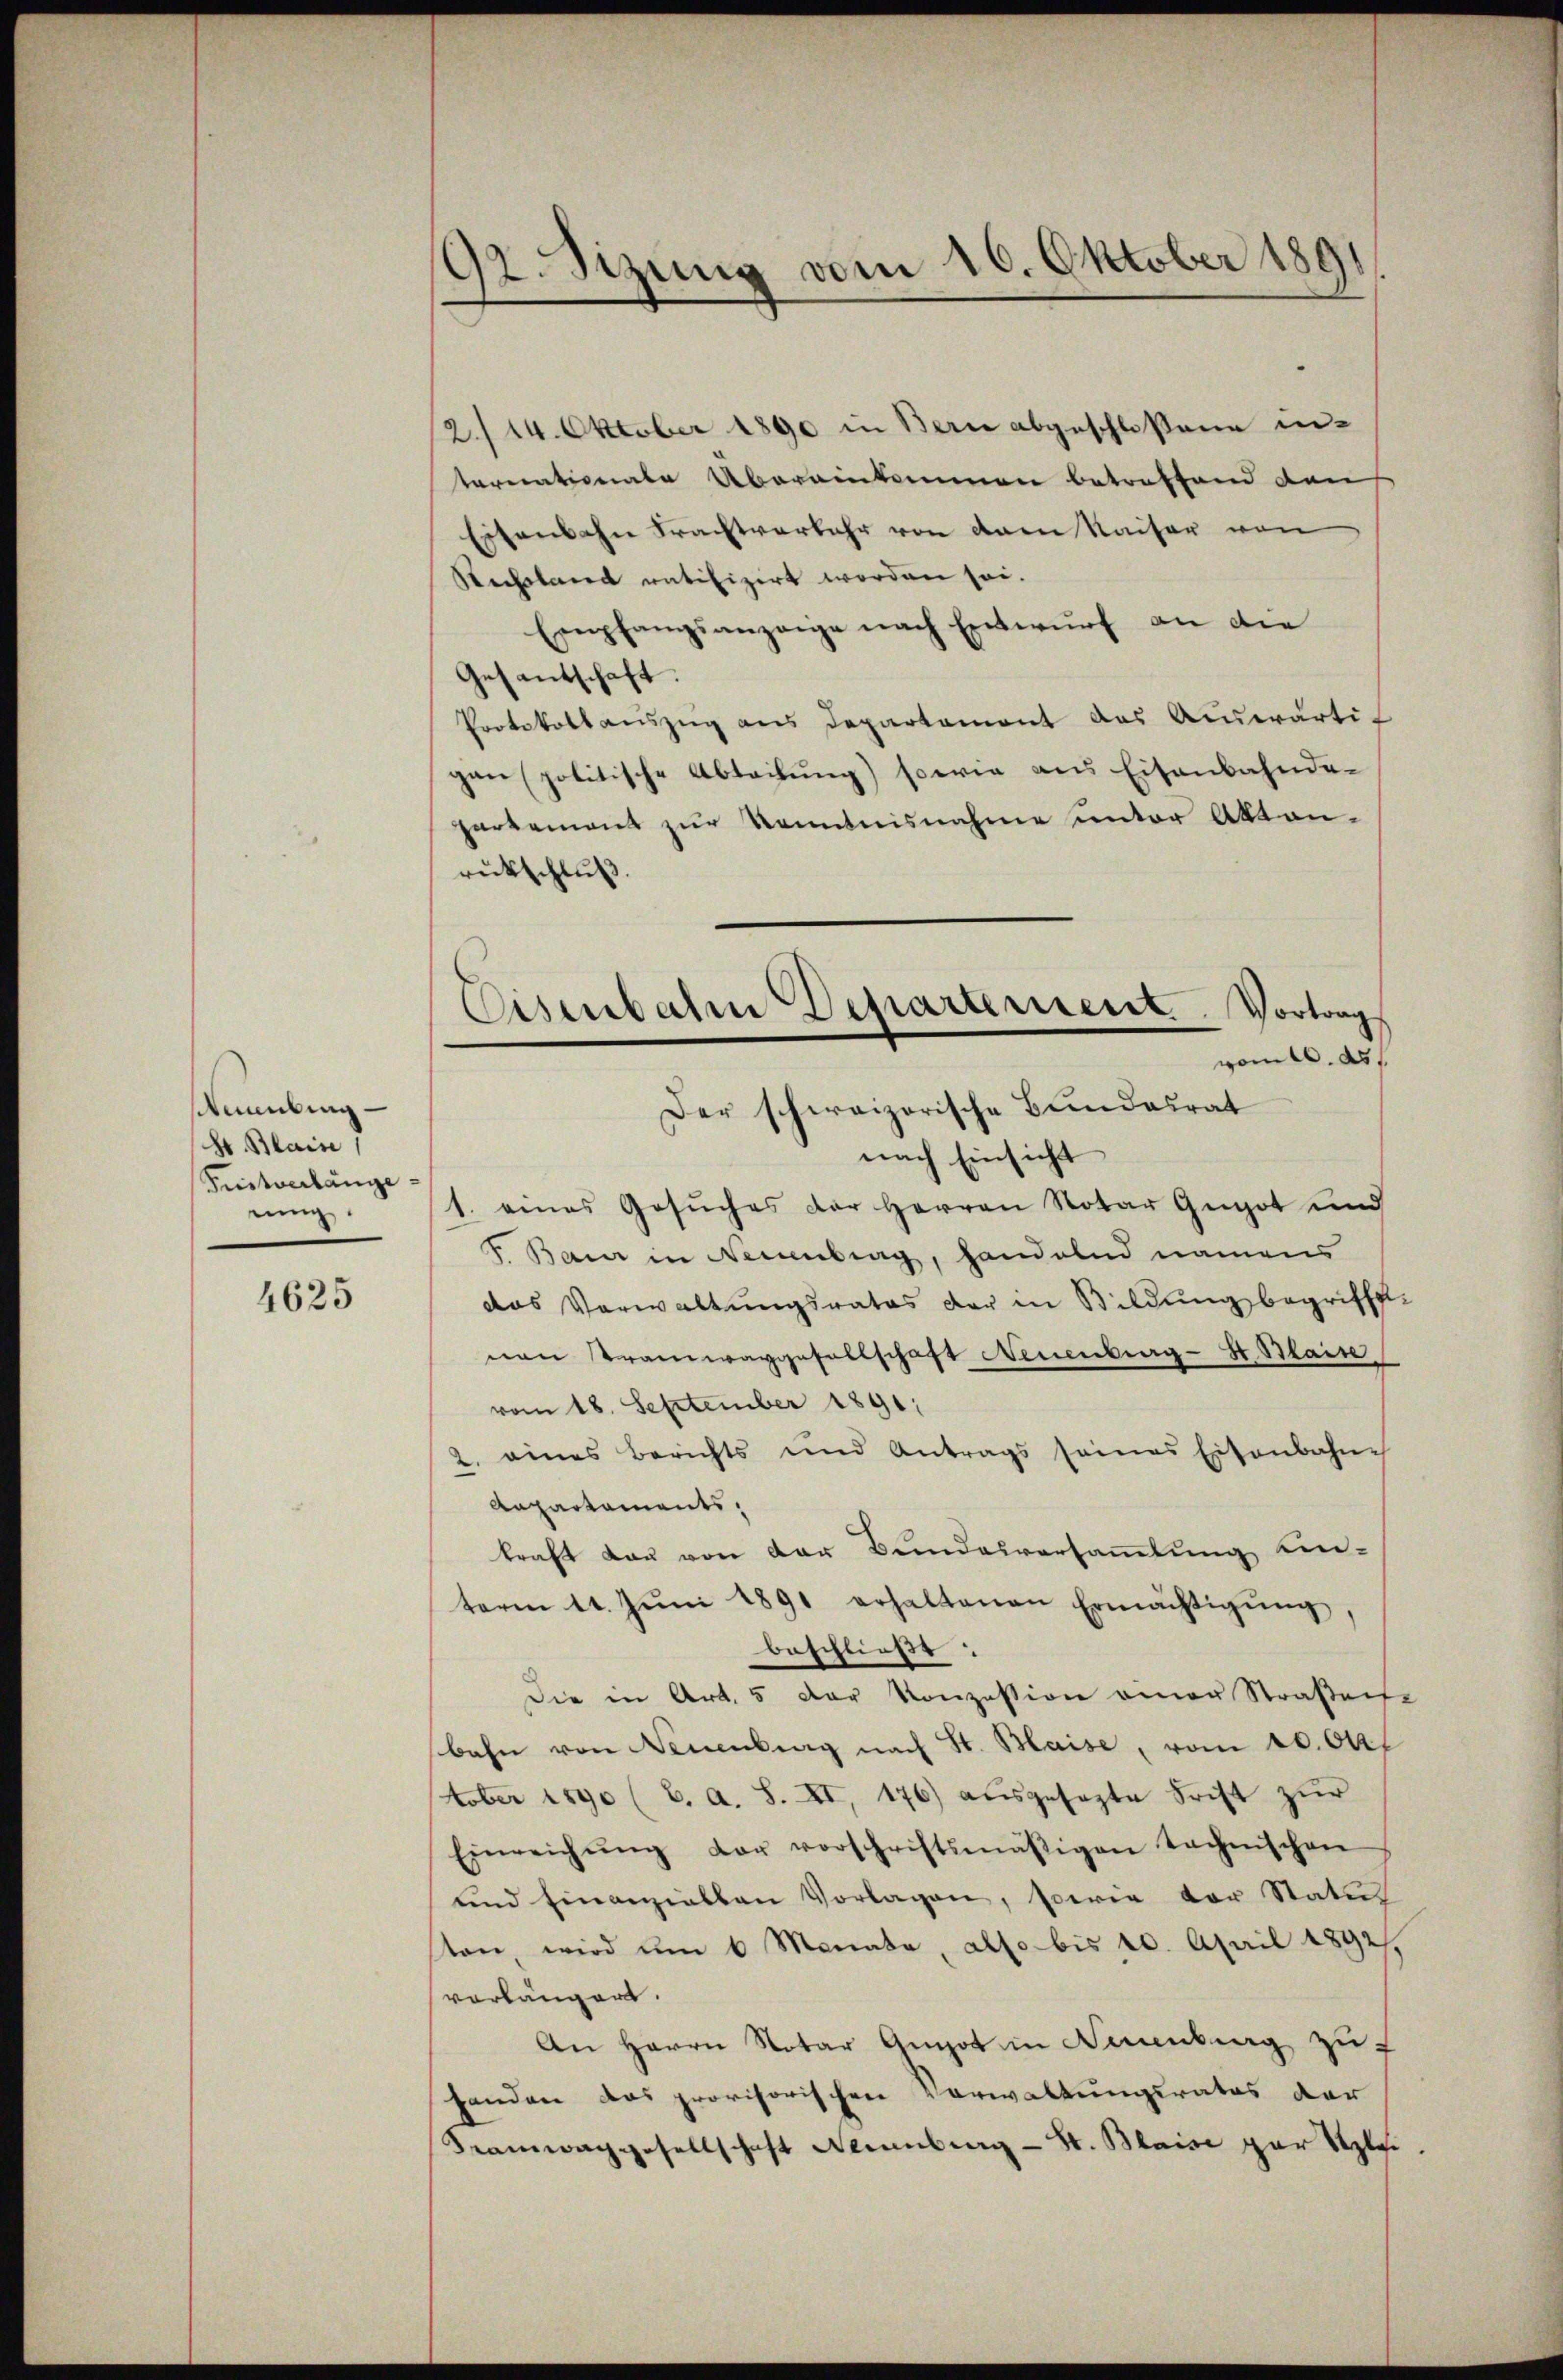
umbung
H. Maise
Fristverlänge
rung

4625

92. Sizung vom 16. Oktober 1891

2./14. Oktober 1890 in Bern abgeschloßene internationale Übereinkommen betreffend den
Eitenbahn Frachtverkehr von dem Kaiser von
Sechstand ratifizirt worden sei.
Empfangsanzeige nach Entwŭrf an die
Gesantschaft.
Protokollaŭszŭg ans Departament das Auswärti-
gen politische Abteilung) sowie aus Eisenbahnde-
hartement zur Kenntnisnahme unter Akten-
rückschluß.
nach Einsicht
1. eines Gesŭches der Herren Notar Gugot und
V. Baur in Neuenburg, handelnd namens
das Verwaltungsrates der in Bildungsbegriffevon Tramwaygesellschaft Neuenburg-St. Blaise
vom 18. September 1891.
2. eines Berichts und Antrags seines Eisenbahne
Anpartaments,
kraft Lau von der Bundesversammlung ein-
term 11. Jŭni 1891 erhaltenen Ermächtigŭng,
beschließt:
Die in Art. 5 der Konzession einer Straßen-
bahn von Neuenburg nach St. Blaise, vom 20. Okt.
tober 1890 (C. A. S. XI, 176) ausgesagte Frist zur
Einreichŭng der vorschriftsmäßigen technischen
und finanziellen Vorlagen, sowie der Status
ston, wird ŭm 6 Monata, also bis 10. April 1892,
vorlängert.
An Herrn Notar Genot in Neuenburg zu f
Handen das provisorischen Verwaltungsrates der
Framwachgesellschaft Neuenburg - St. Blaise par Szli

Eisenbahre Departerient. Vortrag
von. d.
Der schweizerische Bundesrat